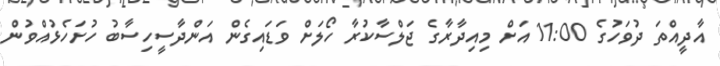
އާދީއްތަ ދުވަހުގެ 11:00 އަށް މިއިދާރާގެ ޖަލްސާކުރާ ހޯލަށް ވަޑައިގެން އަންދާސީހިސާބު ހުށަހެޅުއްވުން